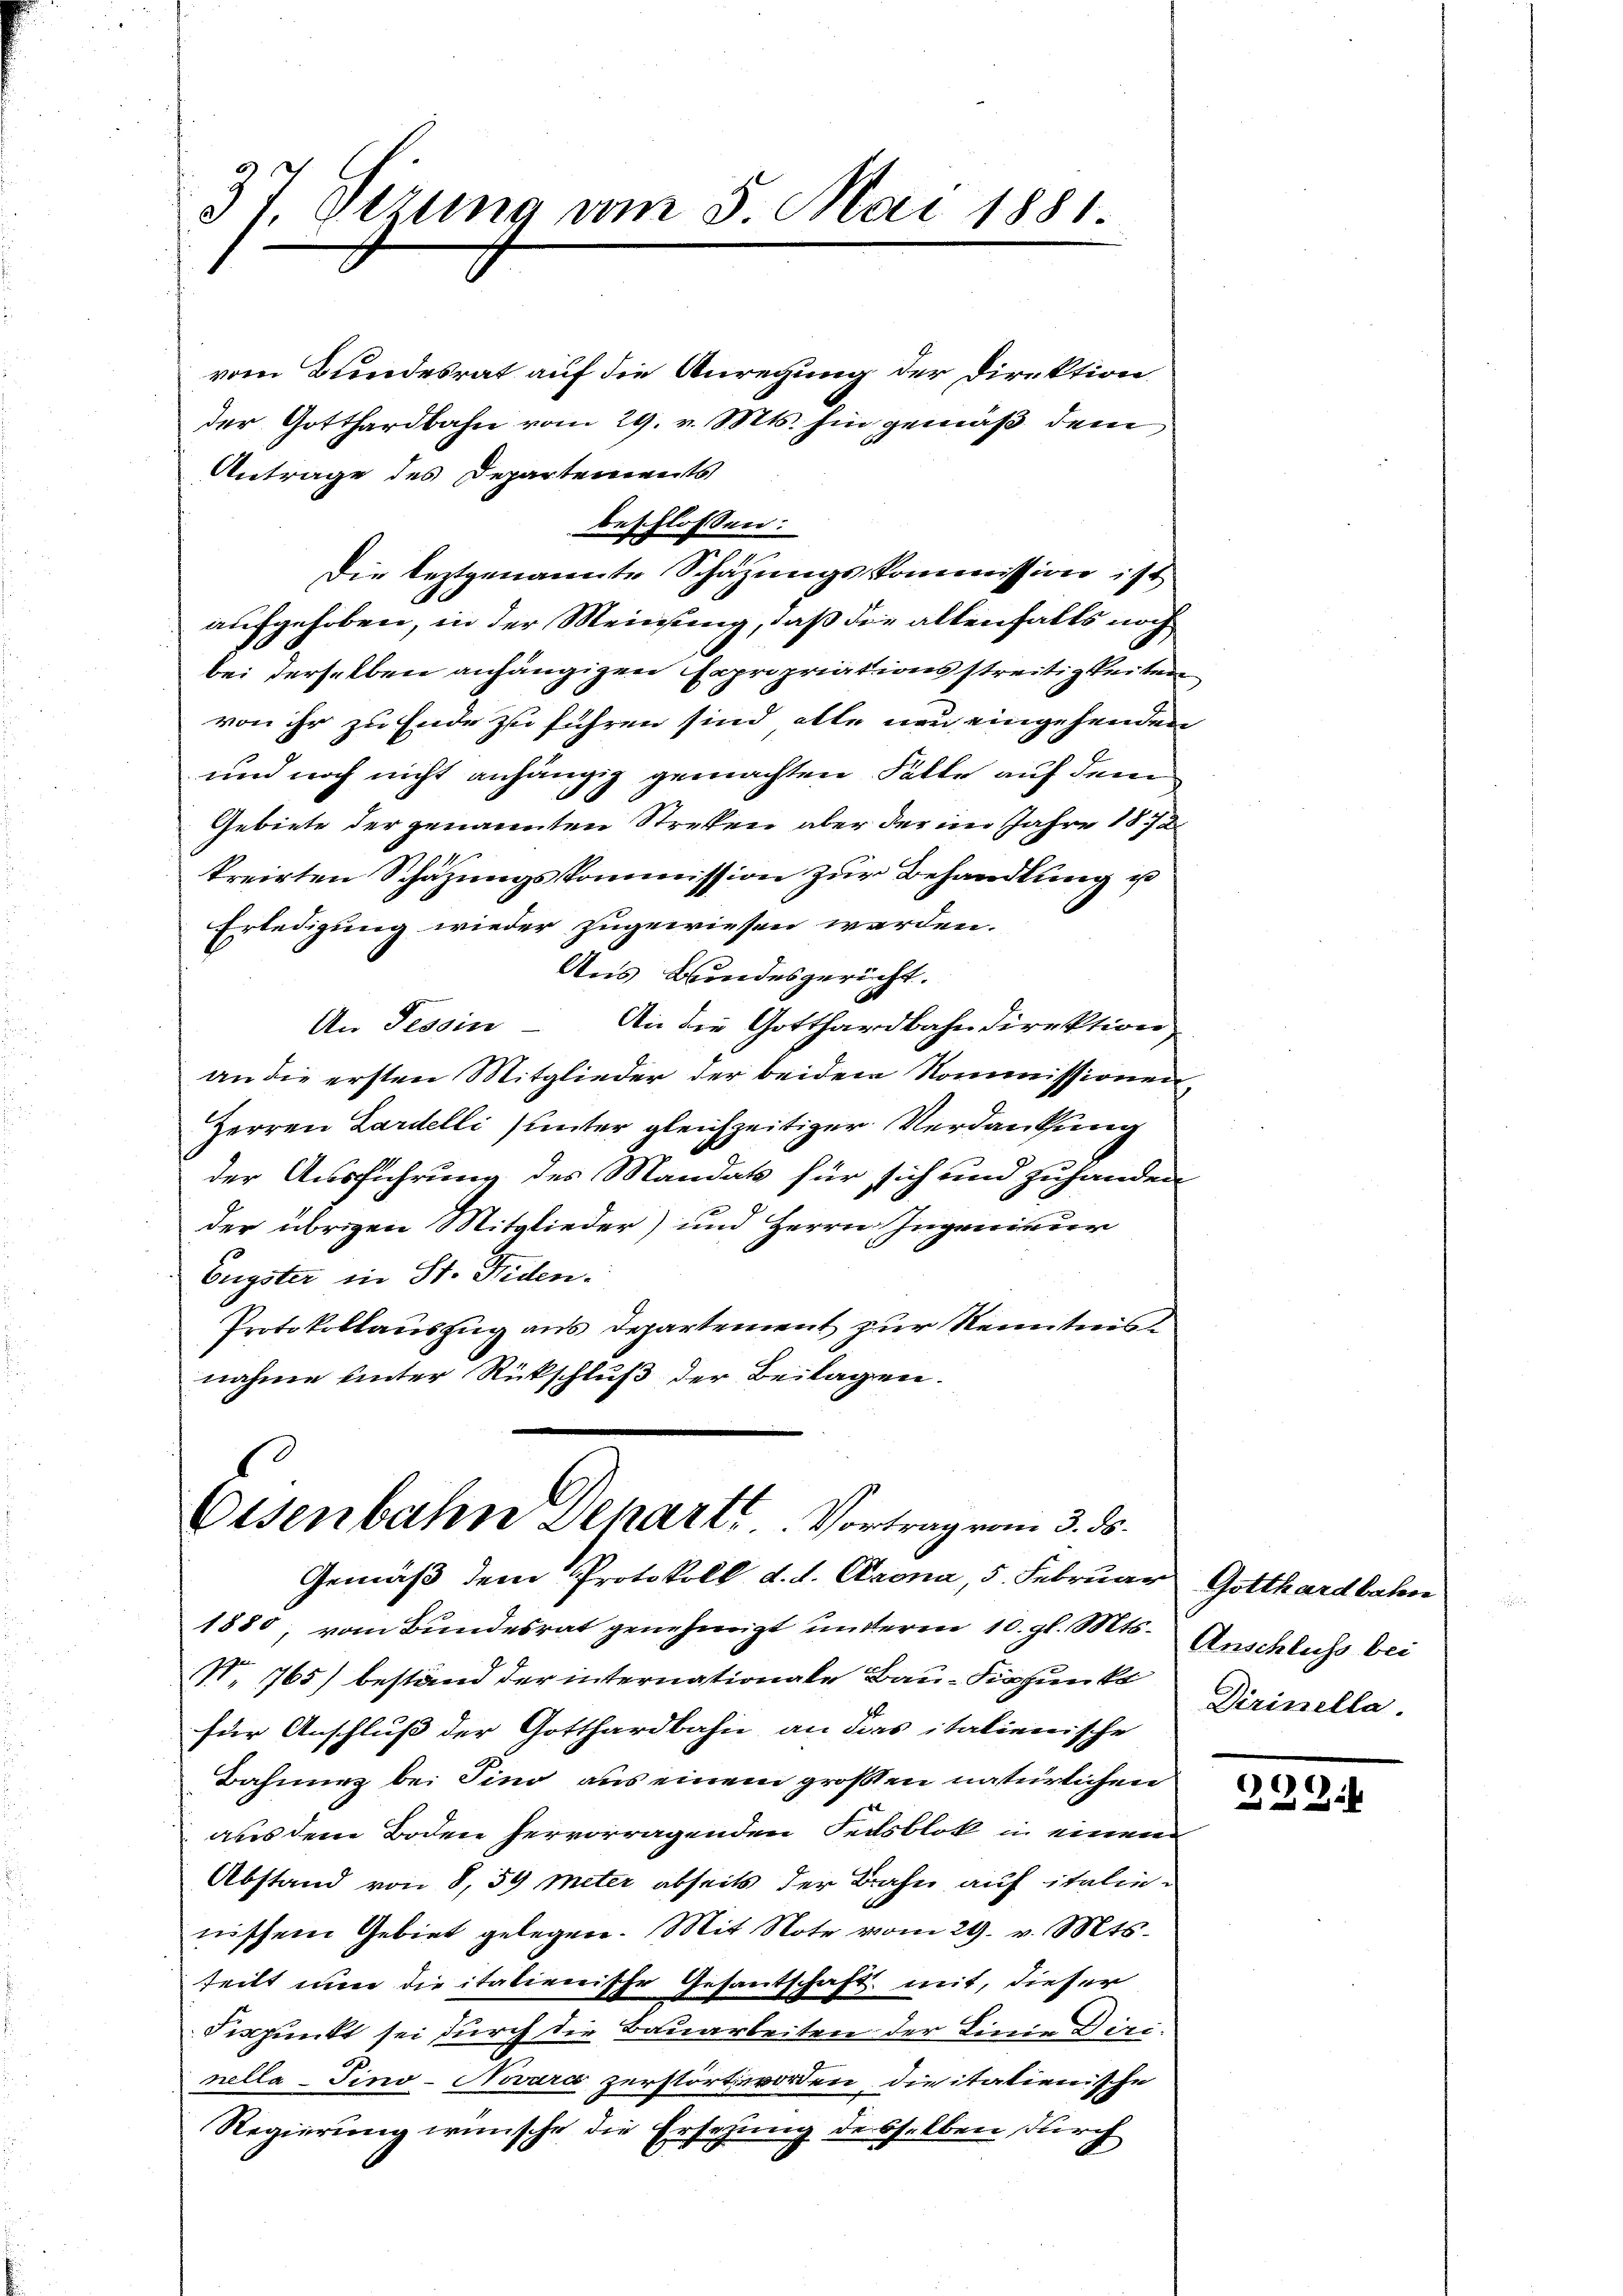
37. Sezung am 5. Mai 1881

vom Bundesrat auf die Anregung der Direktion
der Gotthardbahn vom 29. v. Mts. hin gemäß dem
Antrage des Departenerats
beschlossen:
e
Die leztgenannte Schazungs-Commission ist
aufgehoben, in der Meinung, daß die altenfalls noch
bei derselben anhängigen Expropriationsstreitigkeiten
von ihr zu Ende zu führen sind, alle neu eingehenden
und noch nicht anhängig gemachten Fälle auf dem
2
Gebiete der genannten Streken aber der im Jahre 1872
kreirten Schäzŭngskommission zŭr Behandlung u
Erledigung wieder zugewiesen werden.
Aus Bundesgericht.
An Tessin – An die Gotthardbahndirektion
an die ersten Mitglieder der beiden Kommissionen,
Herren Lardelli (unter gleichzeitiger Verdankung
der Ausführung des Mandat für sich und zuhanden
der übrigen Mitglieder) und Herrn Ingenieur
Engster in St. Fiden.
Protokollauszug aus Departement zur Kenntnis
nahme unter Rückschluß der Beilagen.

Oisenbahn Schart. Vortrag vom 3. ds.

Gemäß dem Protokoll d. d. Crona, 5. Februar Gotthardbahn
1880, vom Bundesrat genehmigt unterm 10. gl. Mts. Anschlichs bei
N. 765) bestand der internationale Bau- Fixpunkt
für Anschluß der Gotthardbahn an dies italienische
Bahnung bei Tino aus einem großen natürlichen
aus dem Boden hervorragenden Felsblock in einem
Abstand von 8, 59 Meter abseits der Bahn auf italienischem Gebiet gelegen. Mit Note vom 29. v. Mts.
teilt nun die italienische Gesantschaft mit, dieser
Fespunkt sei durch die Bauarbeiten der Linie Diri-
nella-Sino-Novare zerstört worden die italienische
Regierung wünsche die Ersezung desselben durch

Dirinella.

339